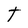
Character: T